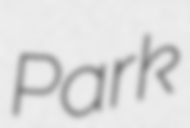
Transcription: Park